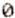
0